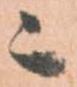
ニ